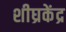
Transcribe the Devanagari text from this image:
शीघ्रकेंद्र